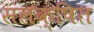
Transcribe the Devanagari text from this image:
संलक्षित